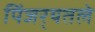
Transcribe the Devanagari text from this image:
पिंजर्‍यतले